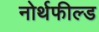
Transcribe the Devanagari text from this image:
नोर्थफील्ड